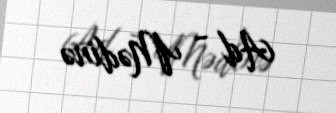
Ad - Mədinə